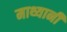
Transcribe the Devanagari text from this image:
माथ्यानी